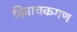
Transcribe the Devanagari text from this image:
विवाचकगण